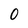
Character: 0